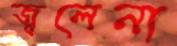
জ্বলেনা